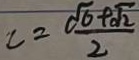
c = \frac { \sqrt { 6 } + \sqrt { 2 } } { 2 }